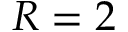
R = 2